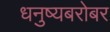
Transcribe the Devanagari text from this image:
धनुष्यबरोबर